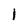
Character: I